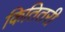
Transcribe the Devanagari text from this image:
कितितरी